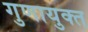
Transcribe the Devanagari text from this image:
गुणायुक्त